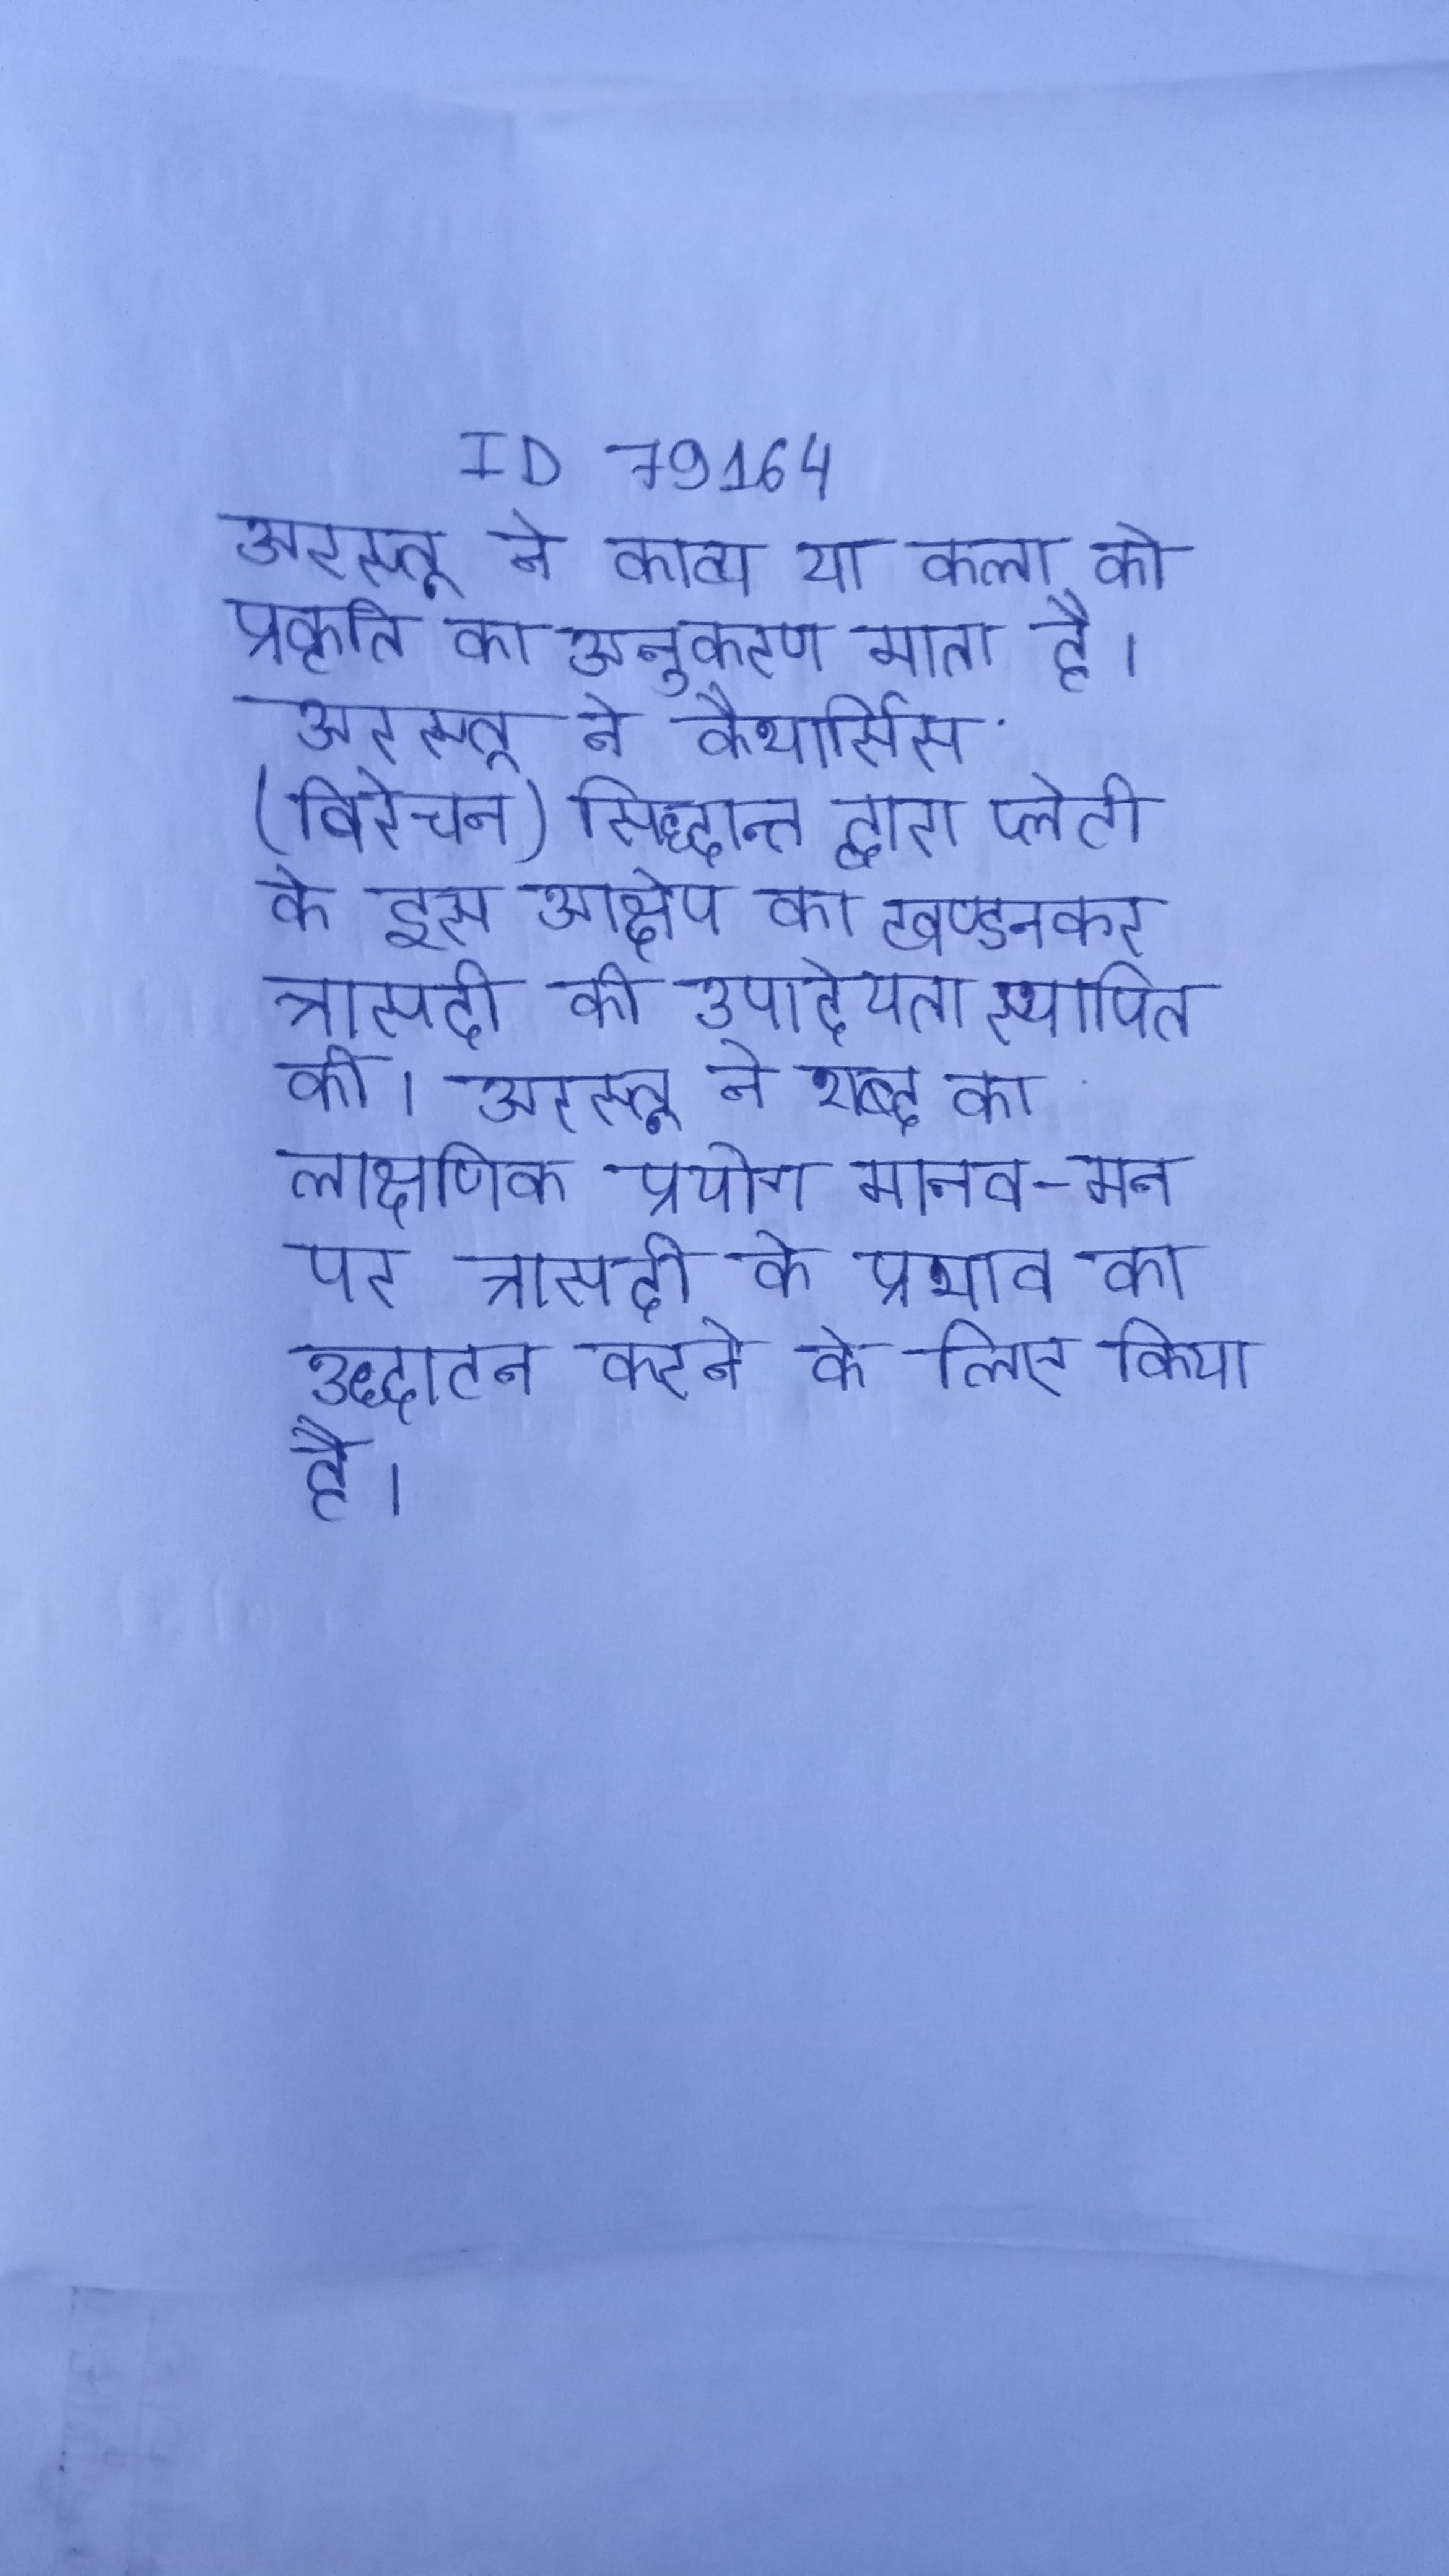
अरस्तू ने काव्य या कला को प्रकृति का अनुकरण माना है । अरस्तू ने कैथार्सिस (विरेचन) सिद्धान्त द्वारा प्लेटो के इस आक्षेप का खण्डनकर त्रासदी की उपादेयता स्थापित की । अरस्तू ने शब्द का लाक्षणिक प्रयोग मानव-मन पर त्रासदी के प्रभाव का उद्घाटन करने के लिए किया है ।